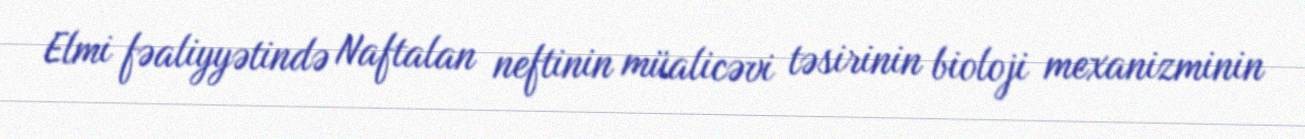
Elmi fəaliyyətində Naftalan neftinin müalicəvi təsirinin bioloji mexanizminin